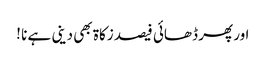
اور پھر ڈھائی فیصد زکاۃ بھی دینی ہے نا !